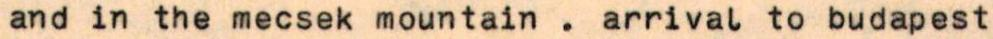
and in the mecsek mountain . arrival to budapest